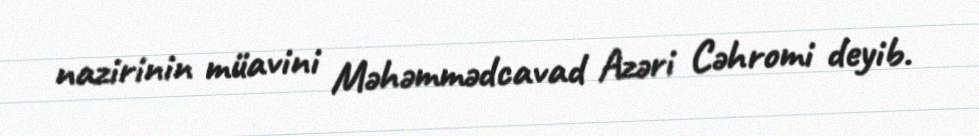
nazirinin müavini Məhəmmədcavad Azəri Cəhromi deyib.